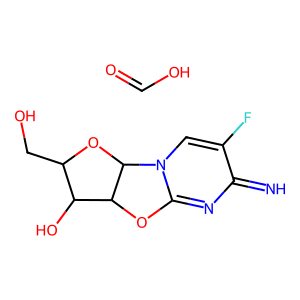
SMILES: N=c1nc2n(cc1F)C1OC(CO)C(O)C1O2.O=CO
Inhibits HIV replication: No